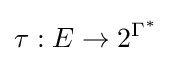
\tau :E\rightarrow 2^{\Gamma ^{*}}